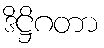
ဒိဋ္ဌိဂတာ